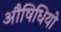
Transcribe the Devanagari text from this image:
औषिधियो